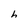
Character: h